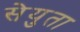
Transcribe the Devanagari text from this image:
सेयुता